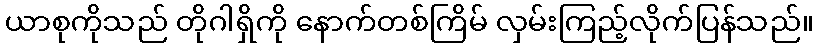
ယာစုကိုသည် တိုဂါရှိကို နောက်တစ်ကြိမ် လှမ်းကြည့်လိုက်ပြန်သည်။